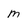
Character: m